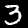
Digit: 3